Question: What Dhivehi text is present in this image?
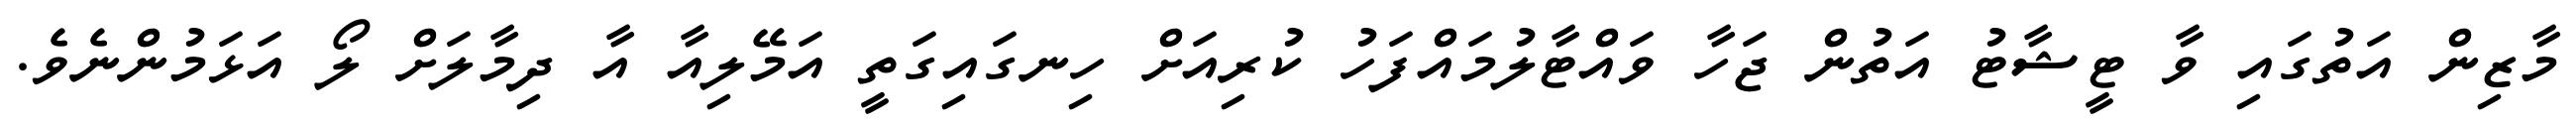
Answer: މާޒިން އަތުގައި ވާ ޓީޝާޓު އަތުން ޖަހާ ވައްޓާލުމައްފަހު ކުރިއަށް ހިނގައިގަތީ އަމޭލިއާ އާ ދިމާލަށް ލޯ އަޅަމުންނެވެ.